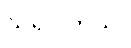
သိရပါတယ်။